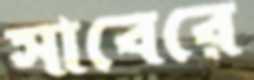
সাবেরে